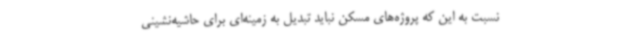
نسبت به این که پروژه‌های مسکن نباید تبدیل به زمینه‌ای برای حاشیه‌نشینی